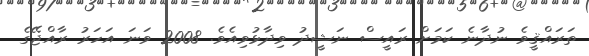
ތަރައްޤީވެ ނުދާނެ ކަމަށް ރައީސް ނަޝީދު ވިދާޅުވިއެވެ. 2008 ވަނަ އަހަރު ރާއްޖޭގެ